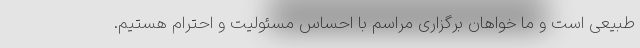
طبیعی است و ما خواهان برگزاری مراسم با احساس مسئولیت و احترام هستیم.